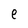
Character: e